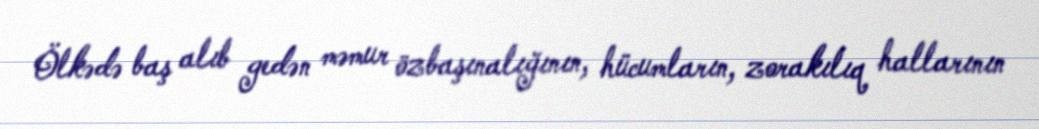
Ölkədə baş alıb gedən məmur özbaşınalığının, hücumların, zorakılıq hallarının